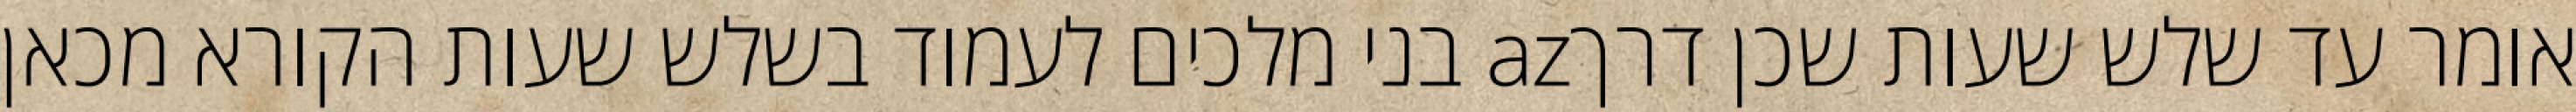
אומר עד שלש שעות שכן דרךaz בני מלכים לעמוד בשלש שעות הקורא מכאן